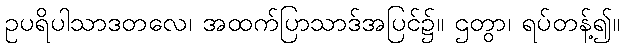
ဥပရိပါသာဒတလေ၊ အထက်ပြာသာဒ်အပြင်၌။ ဌတွာ၊ ရပ်တန့်၍။